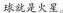
球就是火星。